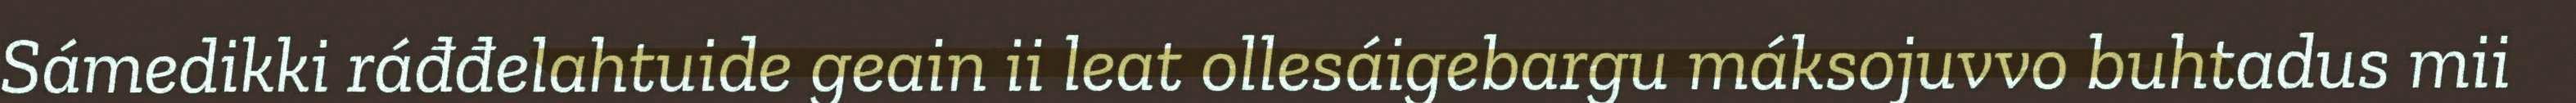
Sámedikki ráđđelahtuide geain ii leat ollesáigebargu máksojuvvo buhtadus mii